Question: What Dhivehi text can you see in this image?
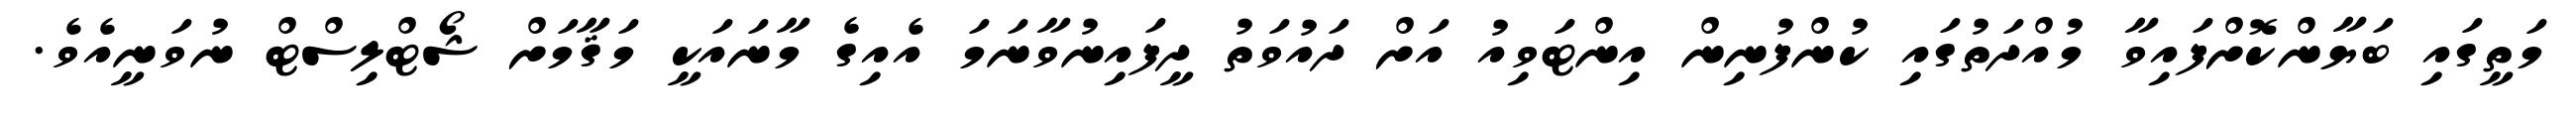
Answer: މަތީގައި ބަޔާންކޮށްފައިވާ މުއްދަތުގައި ކުންފުނިން އިންޓަވިއު އަށް ދައުވަތު ދީފައިނުވާނަމަ އެއިގެ މާނައަކީ މަޤާމަށް ޝޯޓްލިސްޓް ނުވަނީއެވެ.